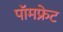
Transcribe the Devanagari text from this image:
पॉमफ्रेट